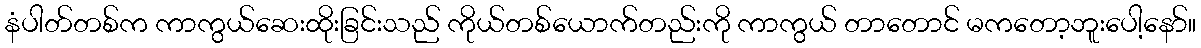
နံပါတ်တစ်က ကာကွယ်ဆေးထိုးခြင်းသည် ကိုယ်တစ်ယောက်တည်းကို ကာကွယ် တာတောင် မကတော့ဘူးပေါ့နော်။